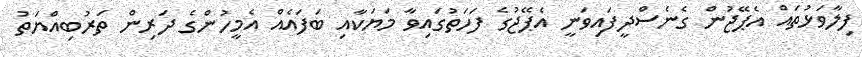
ފިލާވަޅުތައް އެޕޭޖުން ގެނެސްދީފައިވަނީ އެޕޭޖުގެ ފަހަތުގައިވާ މަޔަކާއި ބަފައެއް އެމީހުންގެ ދަރިން ތަރުބިއްޔަތު